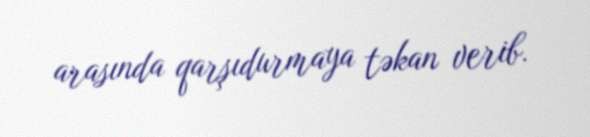
arasında qarşıdurmaya təkan verib.